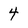
Character: 4